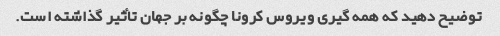
توضیح دهید که همه گیری ویروس کرونا چگونه بر جهان تأثیر گذاشته است.